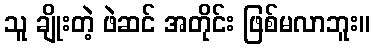
သူ ချိုးတဲ့ ဖဲဆင် အတိုင်း ဖြစ်မလာဘူး။